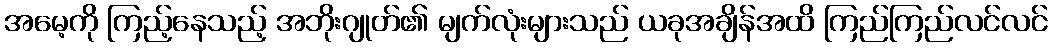
အမေ့ကို ကြည့်နေသည့် အဘိုးဂျုတ်၏ မျက်လုံးများသည် ယခုအချိန်အထိ ကြည်ကြည်လင်လင်